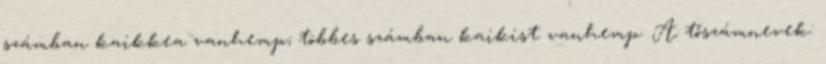
számban kaikkea vanhemp; többes számban kaikist vanhemp. A tőszámnevek: